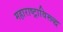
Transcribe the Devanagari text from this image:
महाराष्ट्राविरूद्ध